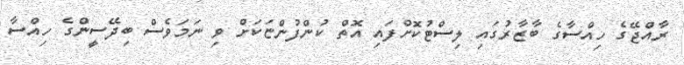
ރާއްޖޭގެ ހިއްސާގެ ބާޒާރުގައި ލިސްޓުކޮށްފައި އޮތް ކުންފުންޏަކަށް ވި ނަމަވެސް ބިދޭސީންގެ ހިއްސާ